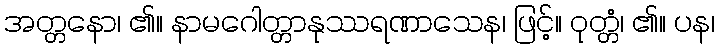
အတ္တနော၊ ၏။ နာမဂေါတ္တာနုဿရဏာသေန၊ ဖြင့်။ ဝုတ္တံ၊ ၏။ ပန၊